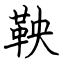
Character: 鞅